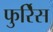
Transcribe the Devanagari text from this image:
फुर्रिेस